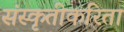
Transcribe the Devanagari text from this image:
संस्कृतीकरिता